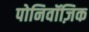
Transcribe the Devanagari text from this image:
पोनिवॉज़िक